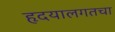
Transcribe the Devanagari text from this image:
हृदयालगतचा